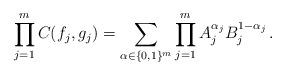
LaTeX: \begin{align*}\prod_{j=1}^m C(f_j,g_j) = \sum_{\alpha \in \{0,1\}^m} \prod_{j=1}^m A_j^{\alpha_j} B_j^{1- \alpha_j} \, .\end{align*}